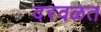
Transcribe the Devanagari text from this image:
दरवळत